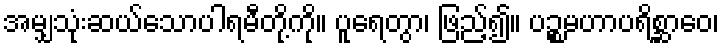
အမျှသုံးဆယ်သောပါရမီတို့ကို။ ပူရေတွာ၊ ဖြည့်၍။ ပဉ္စမဟာပရိစ္ဆာဝေ၊